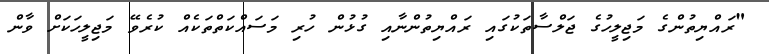
"ރައްޔިތުންގެ މަޖިލީހުގެ ޖަލްސާތަކުގައި ރައްޔިތުންނާއި ގުޅުން ހުރި މަސައްކަތްތަކެއް ކުރެވޭ މަޖިލީހަކަށް ވާން